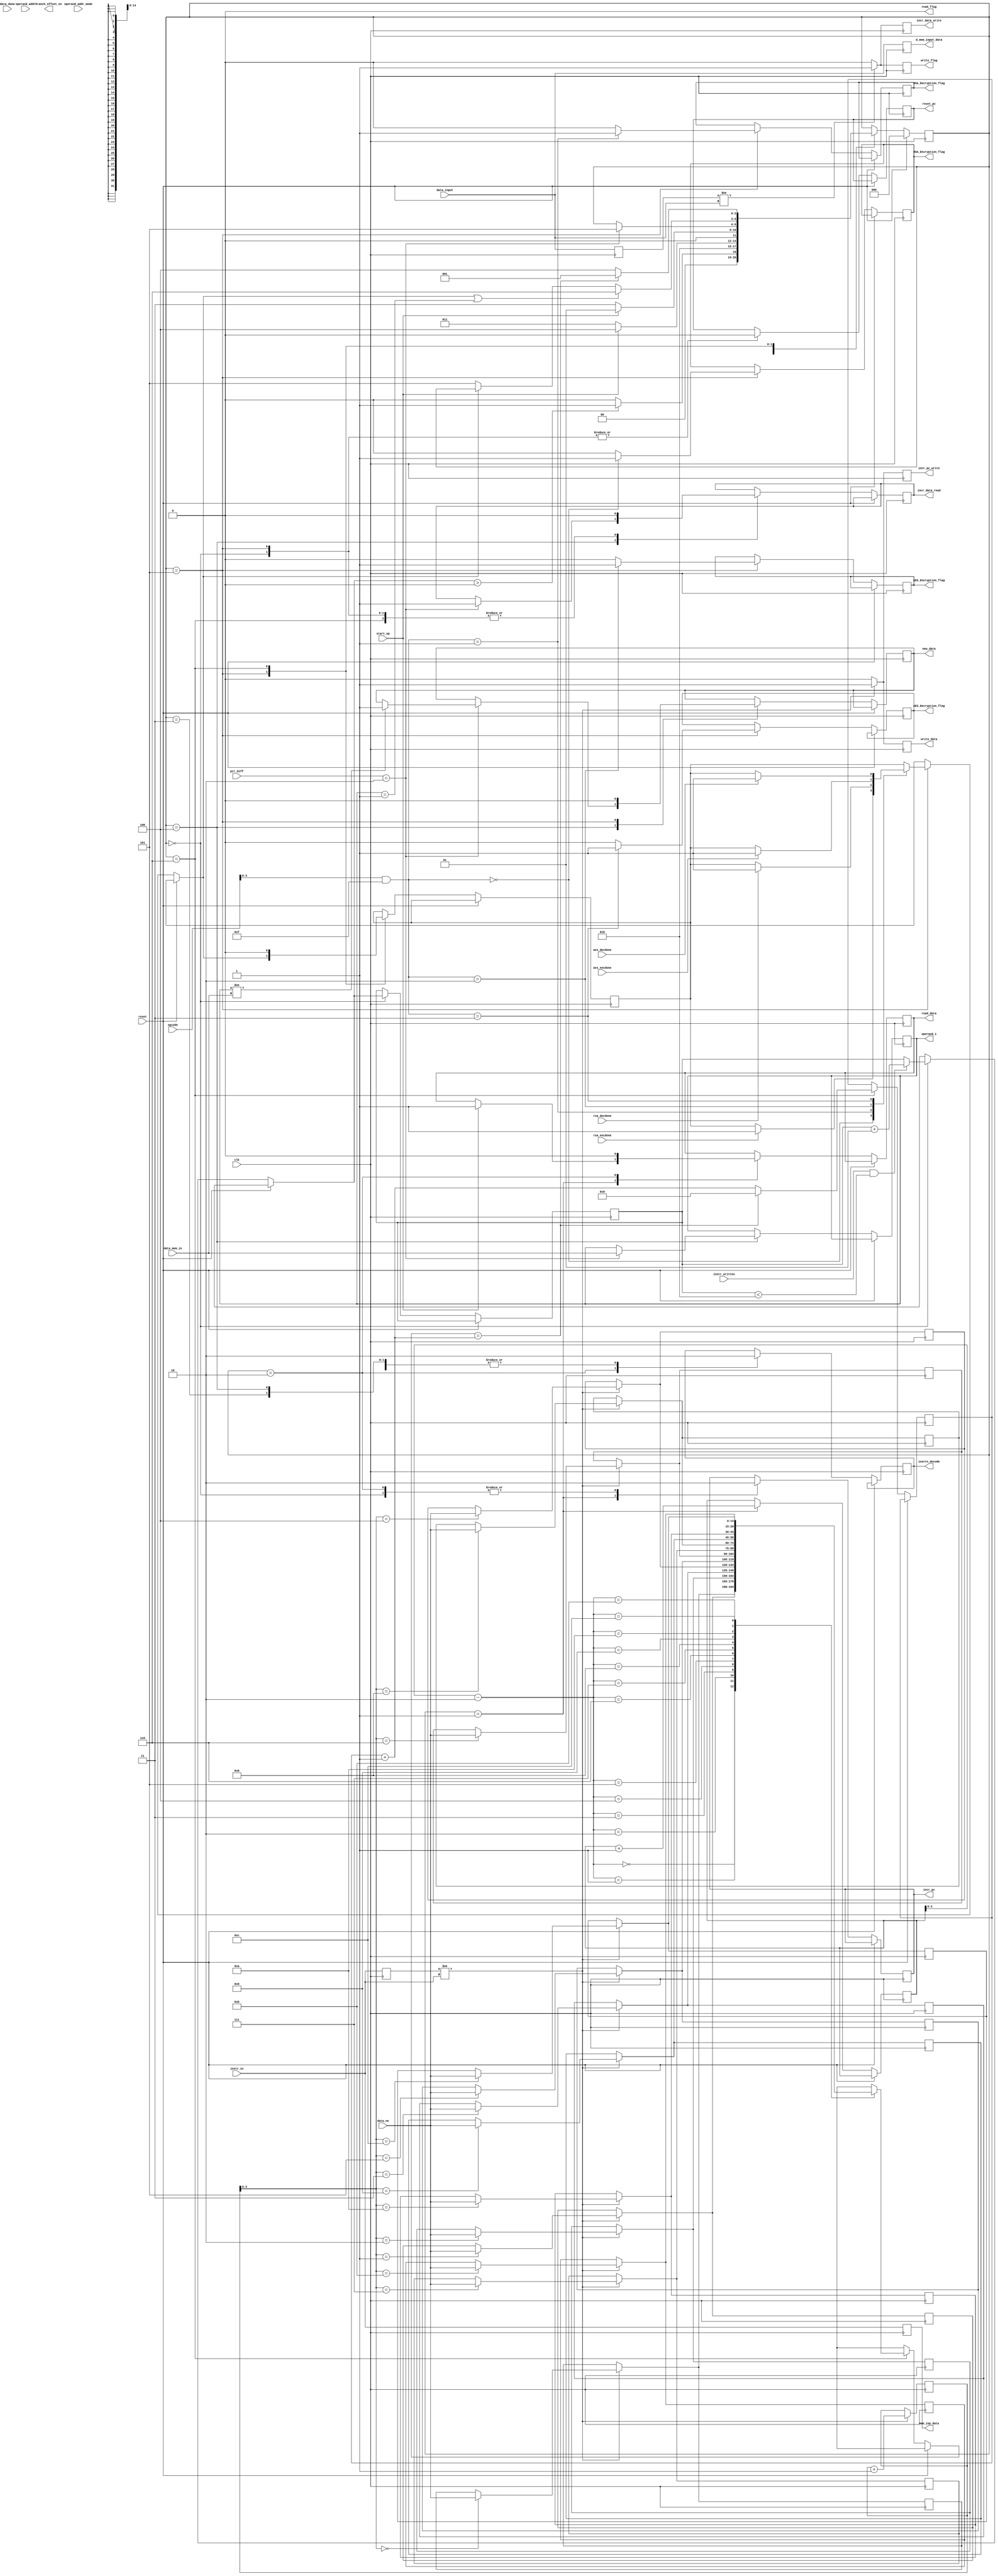
`timescale 1ns / 1ps
//////////////////////////////////////////////////////////////////////////////////
// Company: 
// Engineer: 
// 
// Design Name: 
// Module Name: CONTROL_PATH_MODULE_1
// Project Name: 
// Target Devices: 
// Tool Versions: 
// Description: 
// 
// Dependencies: 
// 
// Revision:
// Revision 0.01 - File Created
// Additional Comments:
// 
//////////////////////////////////////////////////////////////////////////////////

module CONTROL_PATH_MODULE_1(
input clk,
input [14:0]instr_in,
input reset,
input [4:0]opcode,
input [3:0] operand_addr,
input [1:0] operand_addr_mode,
input [127:0]data_mem_in,
input [127:0]data_input,
input data_done,
input rsa_encdone,
input rsa_decdone,
input aes_encdone,
input aes_decdone,
input start_op,
input [1:0]ptr_diff,
input [14:0]data_no,
input instr_written,

output reg [14:0]mem_inp_data,
output reg [127:0]d_mem_input_data,
output reg [127:0] operand_1,
output reg instrn_decode,
output reg branch_offset_en,
output reg incr_pc,
output reg incr_pc_write,
output reg incr_data_write,
output reg incr_data_read,
output reg reset_pc,
output reg read_data=0,
output reg write_data=0,
output reg write_flag=0,
output reg read_flag=0,
output reg new_data = 0,
output reg RSA_Encryption_flag,
output reg RSA_Decryption_flag,
output reg AES_Encryption_flag,
output reg AES_Decryption_flag
);
    
    
    parameter IDLE = 3'b000;
    parameter INSTR_FETCH = 3'b001;
    parameter INSTR_DECODE = 3'b010;
    parameter INITIALIZE = 3'b011;
    parameter OPER_FETCH = 3'b100;
    parameter EXECUTE = 3'b101;
    parameter STORE = 3'b110;
    
    parameter RSA_E = 2'b00;
    parameter RSA_D = 2'b01;
    parameter AES_E = 2'b10;
    parameter AES_D = 2'b11; 
    
    reg [2:0]state;
    reg done = 0;
    reg [18:0]c=0;
    reg [3:0]operation;
    reg start_boot = 0;
    reg [127:0]datas_ins=0;
    reg [14:0]instr_ins_reg=0;
    reg new_d;
    reg [14:0]data_count=0;
    reg [14:0]new_instr_count=0;
    reg [14:0]no_of_data[12:0];
    
    reg [1:0]instr_count=0;
    reg [14:0]temp=0;
    integer x=0,y=0;

    always@(posedge clk) begin
       //read_flag = 1;//always, can make 0 in execute
        write_flag = 0;
        incr_data_write = 0;
        write_data = 0;
        incr_pc_write = 0;
        new_d = 0;
        
        d_mem_input_data = data_input;
        if(datas_ins != data_input)begin
             write_flag = 1;
             incr_data_write = 1; 
             new_d = 1;
        end            
        datas_ins = data_input;
        
        mem_inp_data = instr_in;
        if(instr_ins_reg != instr_in)begin
            incr_pc_write = 1;
            write_data = 1;
            no_of_data[new_instr_count] = data_no;
            new_instr_count = new_instr_count + 1;
        end
        instr_ins_reg = instr_in;
         
             
        if(reset == 1)
            state <= IDLE;
          
        else begin
            case(state)
                IDLE: begin
                    incr_pc <= 0;
                    incr_data_read <= 0;
                    instrn_decode <= 0;
                    reset_pc <= 0;
                    if(instr_written && x < 2)//wait till 1st instruction comes
                        x = x + 1; 
                    if(x > 0)
                        state = INSTR_FETCH;
                    else
                        state = IDLE;    
                    /*if(new_d)
                        state = INSTR_FETCH;
                    else
                        state = IDLE;    */
                       
                end 
                INSTR_FETCH: begin
                    
                    incr_pc <= 1;
                    if(start_op == 1)
                        read_data = 1;    

                    c = c + 1;
                    state = INSTR_DECODE;
                    
                end
                INSTR_DECODE: begin
                    read_data = 0;
                    incr_pc <= 0;
                    instrn_decode <= 1;
                    if(start_op == 1)begin
                        
                        state = OPER_FETCH;
                     end
                    else
                        state = INITIALIZE;
                end
                INITIALIZE: begin
                    instrn_decode <= 0;
                    if(start_op == 1) 
                        state = INSTR_FETCH;
                    else 
                        state = INITIALIZE;
                end
                OPER_FETCH : begin
                instrn_decode <= 0;
             
                 /*   if(opcode == 5'b11111)
                        start_boot = 1;  
                    if(start_boot == 1 && opcode[4] == 1) begin // boot  
                    //if(boot) begin
                        read_write_data = 1;
                        mem_inp_data = instr_in;
                        count = 0;
                        state = STORE;
                    end
                    else begin*/
                       //  start_boot = 0;
                       //  count = count + 1;
                       //  if(count == 1)
                       //     reset_pc = 1;  //make address = 1 for instruction memory
                       //read_write_data = 0;
                       if(ptr_diff == 2) begin
                            incr_data_read = 1;
                            
                            if(operand_1 != data_mem_in)
                                new_data = 1;
                            operand_1 = data_mem_in;
                            state = EXECUTE;
                        end
                      
                    //end
                end
                EXECUTE: begin
                    new_data = 0;
                    incr_data_read = 0; 
                    
                    reset_pc = 0;
                    operation = opcode & 5'b01111;
                    case(operation)
                        RSA_E: begin
                            AES_Encryption_flag = 0;
                            AES_Decryption_flag = 0;
                            RSA_Encryption_flag = 1;
                            RSA_Decryption_flag = 0;
                            if(rsa_encdone == 1) begin
                                done = 1;
                            end    
                        end
                        RSA_D: begin
                            AES_Encryption_flag = 0;
                            AES_Decryption_flag = 0;
                            RSA_Encryption_flag = 0;
                            RSA_Decryption_flag = 1;
                            if(rsa_decdone == 1)begin
                                done = 1;
                            end    
                        end
                        AES_E: begin
                            AES_Encryption_flag = 1;
                            AES_Decryption_flag = 0;
                            RSA_Encryption_flag = 0;
                            RSA_Decryption_flag = 0;
                            if(aes_encdone == 1)begin
                                done = 1;
                            end    
                        end
                        AES_D: begin
                            AES_Encryption_flag = 0;
                            AES_Decryption_flag = 1;
                            RSA_Encryption_flag = 0;
                            RSA_Decryption_flag = 0;
                            if(aes_decdone == 1)begin
                                done = 1;
                            end    
                        end
                        default: begin
                            AES_Encryption_flag = 0;
                            AES_Decryption_flag = 0;
                            RSA_Encryption_flag = 0;
                            RSA_Decryption_flag = 0;
                        end
                       
                    endcase
                    
                    if(done == 1 || operand_1 == 127'd1) 
                        state = STORE; 
                    else if(done == 0) 
                        state = EXECUTE;     
                end
                STORE: begin
                    done = 0;
                    incr_data_read = 0;
                    data_count = data_count + 1;
                    temp = no_of_data[c-2];
                    if(temp == data_count) begin
                        data_count = 0;
                        state = INSTR_FETCH;
                    end
                    else 
                        state = OPER_FETCH;
                    end    
                  
            endcase
        end
    end
    
endmodule